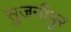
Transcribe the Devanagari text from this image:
सुजनीपुर